Madras plague regulations and rules - Volume 2
Disease focus: Plague
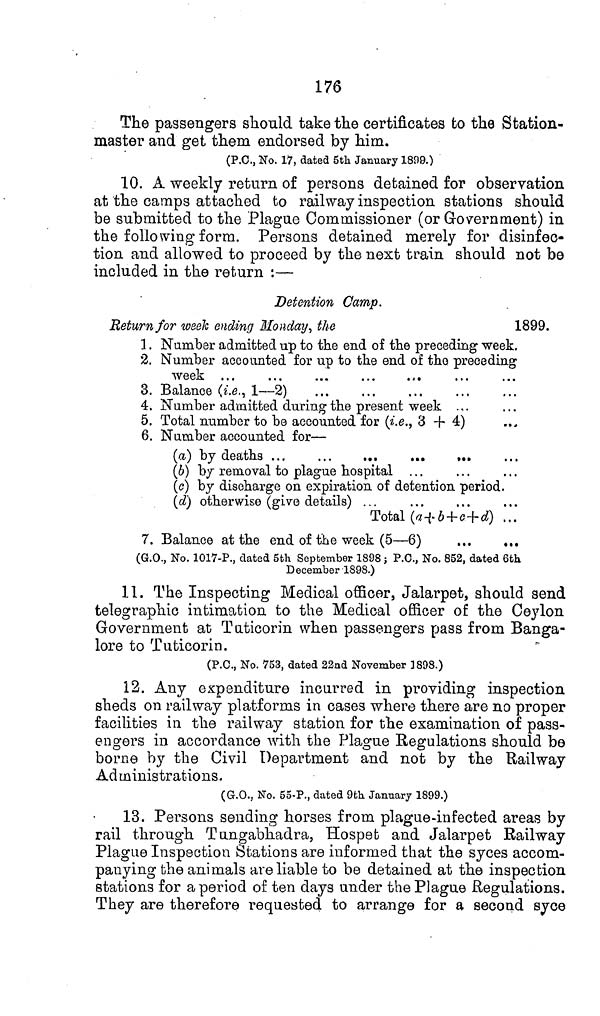
176
The passengers should take the certificates to the Station-
master and get them endorsed by him.
(P.O., No. 17, dated 5th January 1899.)
10. A weekly return of persons detained for observation
at the camps attached to railway inspection stations should
be submitted to the Plague Commissioner (or Government) in
the following form. Persons detained merely for disinfec-
tion and allowed to proceed by the next train should not be
included in the ret/urn :—
Detention Camp.
Return for week ending Monday, the
1899.
1. Number admitted up to the end of the preceding week.
2. Number accounted for up to the end of the preceding
week ...
...
...
...
...
3. Balance (i.e., 1—2)
4. Number admitted during the present week ...
5. Total number to be accounted for (i.e., 3 + 4)
6. Number accounted for—
(a) by deaths ...
...
...
...
...
(6) by removal to plague hospital ...
(c) by discharge on expiration of detention period.
(d) otherwise (give details) ...
Total (a+b+c+d) ...
7. Balance at the end of the week (5—6)
...
...
(G.O., No. 1017-P., dated 5th September 1898 ; P.C., No. 852, dated 6th
December 1898.)
11. The Inspecting Medical officer, Jalarpet, should send
telegraphic intimation to the Medical officer of the Ceylon
Government at Tuticorin when passengers pass from Banga-
lore to Tuticorin.
(P.C., No. 753, dated 22nd November 1898.)
12. Any expenditure incurred in providing inspection
sheds on railway platforms in cases where there are no proper
facilities in the railway station for the examination of pass-
engers in accordance with the Plague Regulations should be
borne by the Civil Department and not by the Railway
Administrations.
(G.O., No. 55-P., dated 9th January 1899.)
13. Persons sending horses from plague-infected areas by
rail through Tungabhadra, Hospet and Jalarpet Railway
Plague Inspection Stations are informed that the syces accom-
panying the animals are liable to be detained at the inspection
stations for a period of ten days under the Plague Regulations.
They are therefore requested to arrange for a second syce